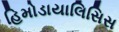
હિમોડાયાલિસિસ